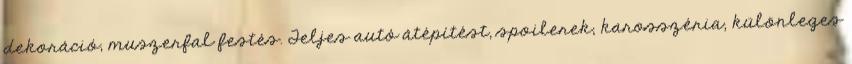
dekoráció, muszerfal festés. Teljes autó átépítést, spoilerek, karosszéria, különleges